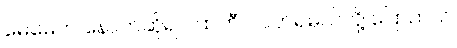
မေမေက နောက်ဆိုရင် ထဘီပဲ ဝတ်ရမယ်လို့ ပြောတယ်